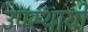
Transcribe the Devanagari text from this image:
उपस्‍थायी